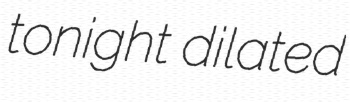
tonight dilated